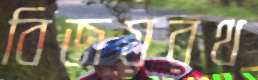
বিজয়রথ